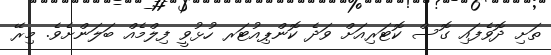
ތަށި ދޮވެފައި ގޮސް ކޮޓަރިއަށް ވަދެ ކޮންޕިއުޓަރ ހުޅުވީ ފިލްމެއް ބަލަންށެވެ. މިރޭ